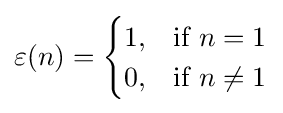
\varepsilon (n)={\begin{cases}1,&{\mbox{if }}n=1\\0,&{\mbox{if }}n\neq 1\end{cases}}